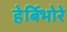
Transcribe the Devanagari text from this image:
हेर्बिभोरे